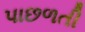
પાછળતી